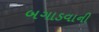
બગાડવાની